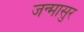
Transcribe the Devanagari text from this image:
जन्मासुर